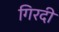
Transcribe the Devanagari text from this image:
गिरदी